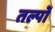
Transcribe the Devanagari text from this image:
तल्पों